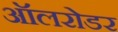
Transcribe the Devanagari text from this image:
ऑलरोडर